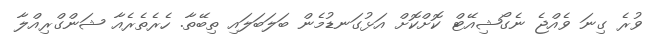
ވުރެ ގިނަ ވެއްޖެ ނެގޯޝިއޭޓް ކޮށްކޮށް އަޅުގަނޑުމެން ބަލަބަލައި ތިބޭތާ. ހެރެތެރެއާ ޝަންގްރިއްލާ